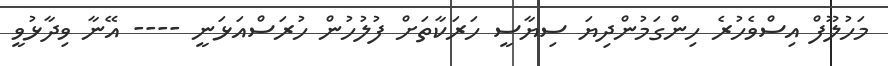
މަހުލޫފް އިސްވެހުރެ ހިންގަމުންދިޔަ ސިޔާސީ ހަރަކާތަށް ފުލުހުން ހުރަސްއަޅަނީ ---- އޭނާ ވިދާޅުވީ